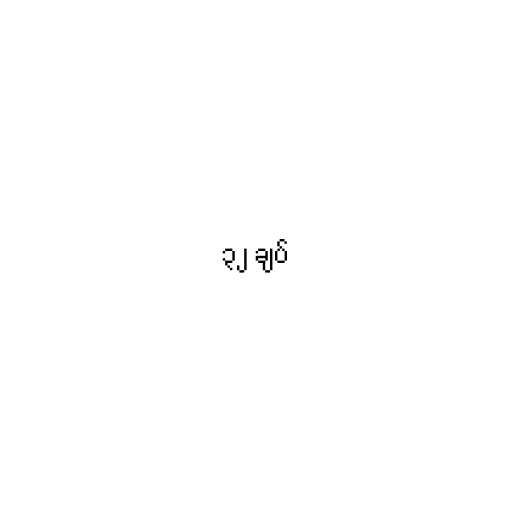
၃၂ ချပ်